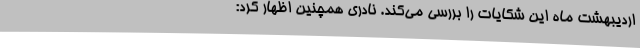
اردیبهشت ماه این شکایات را بررسی می‌کند. نادری همچنین اظهار کرد: